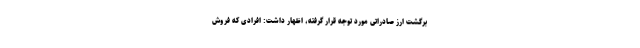
برگشت ارز صادراتی مورد توجه قرار گرفته، اظهار داشت: افرادی که فروش